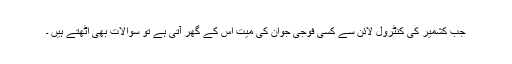
جب کشمیر کی کنٹرول لائن سے کسی فوجی جوان کی میت اس کے گھر آتی ہے تو سوالات بھی اٹھتے ہیں ۔